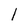
Character: l